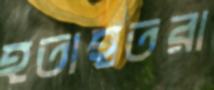
হতাহতরা